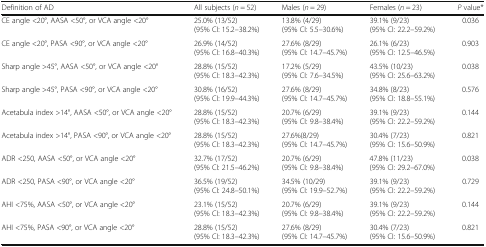
<table><thead><tr><td><b>Definition of AD</b></td><td><b>All subjects (<i>n</i> = 52)</b></td><td><b>Males (<i>n</i> = 29)</b></td><td><b>Females (<i>n</i> = 23)</b></td><td><b><i>P</i> value*</b></td></tr></thead><tbody><tr><td>CE angle &lt;20°, AASA &lt;50°, or VCA angle &lt;20°</td><td>25.0% (13/52)(95% CI: 15.2–38.2%)</td><td>13.8% (4/29)(95% CI: 5.5–30.6%)</td><td>39.1% (9/23)(95% CI: 22.2–59.2%)</td><td>0.036</td></tr><tr><td>CE angle &lt;20°, PASA &lt;90°, or VCA angle &lt;20°</td><td>26.9% (14/52)(95% CI: 16.8–40.3%)</td><td>27.6% (8/29)(95% CI: 14.7–45.7%)</td><td>26.1% (6/23)(95% CI: 12.5–46.5%)</td><td>0.903</td></tr><tr><td>Sharp angle &gt;45°, AASA &lt;50°, or VCA angle &lt;20°</td><td>28.8% (15/52)(95% CI: 18.3–42.3%)</td><td>17.2% (5/29)(95% CI: 7.6–34.5%)</td><td>43.5% (10/23)(95% CI: 25.6–63.2%)</td><td>0.038</td></tr><tr><td>Sharp angle &gt;45°, PASA &lt;90°, or VCA angle &lt;20°</td><td>30.8% (16/52)(95% CI: 19.9–44.3%)</td><td>27.6% (8/29)(95% CI: 14.7–45.7%)</td><td>34.8% (8/23)(95% CI: 18.8–55.1%)</td><td>0.576</td></tr><tr><td>Acetabula index &gt;14°, AASA &lt;50°, or VCA angle &lt;20°</td><td>28.8% (15/52)(95% CI: 18.3–42.3%)</td><td>20.7% (6/29)(95% CI: 9.8–38.4%)</td><td>39.1% (9/23)(95% CI: 22.2–59.2%)</td><td>0.144</td></tr><tr><td>Acetabula index &gt;14°, PASA &lt;90°, or VCA angle &lt;20°</td><td>28.8% (15/52)(95% CI: 18.3–42.3%)</td><td>27.6%(8/29)(95% CI: 14.7–45.7%)</td><td>30.4% (7/23)(95% CI: 15.6–50.9%)</td><td>0.821</td></tr><tr><td>ADR &lt;250, AASA &lt;50°, or VCA angle &lt;20°</td><td>32.7% (17/52)(95% CI: 21.5–46.2%)</td><td>20.7% (6/29)(95% CI: 9.8–38.4%)</td><td>47.8% (11/23)(95% CI: 29.2–67.0%)</td><td>0.038</td></tr><tr><td>ADR &lt;250, PASA &lt;90°, or VCA angle &lt;20°</td><td>36.5% (19/52)(95% CI: 24.8–50.1%)</td><td>34.5% (10/29)(95% CI: 19.9–52.7%)</td><td>39.1% (9/23)(95% CI: 22.2–59.2%)</td><td>0.729</td></tr><tr><td>AHI &lt;75%, AASA &lt;50°, or VCA angle &lt;20°</td><td>23.1% (15/52)(95% CI: 18.3–42.3%)</td><td>20.7% (6/29)(95% CI: 9.8–38.4%)</td><td>39.1% (9/23)(95% CI: 22.2–59.2%)</td><td>0.144</td></tr><tr><td>AHI &lt;75%, PASA &lt;90°, or VCA angle &lt;20°</td><td>28.8% (15/52)(95% CI: 18.3–42.3%)</td><td>27.6% (8/29)(95% CI: 14.7–45.7%)</td><td>30.4% (7/23)(95% CI: 15.6–50.9%)</td><td>0.821</td></tr></tbody></table>